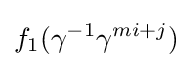
f_{1}(\gamma ^{-1}\gamma ^{mi+j})